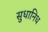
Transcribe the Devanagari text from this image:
सुधानिध